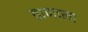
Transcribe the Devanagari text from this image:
ताणाला